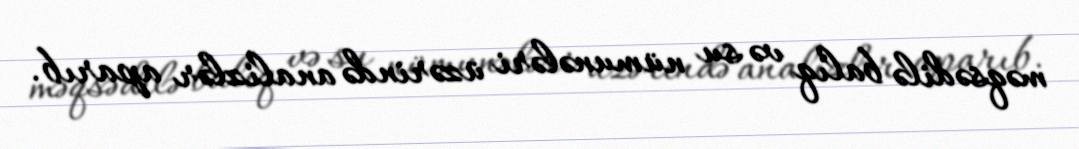
məqsədilə balıq və su nümunələri üzərində analizlər aparıb.